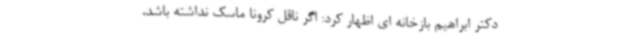
دکتر ابراهیم بازخانه ای اظهار کرد: اگر ناقل کرونا ماسک نداشته باشد،